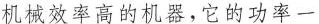
机械效率高的机器，它的功率一